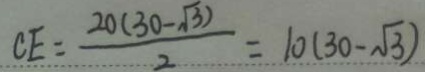
C E = \frac { 2 0 ( 3 0 - \sqrt { 3 } ) } { 2 } = 1 0 ( 3 0 - \sqrt { 3 } )